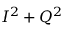
I ^ { 2 } + Q ^ { 2 }